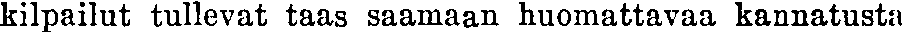
kilpailut tullevat taas saamaan huomattavaa kannatusta